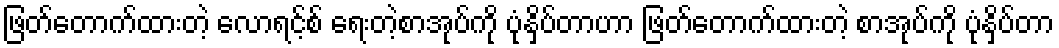
ဖြတ်တောက်ထားတဲ့ လောရင့်စ် ရေးတဲ့စာအုပ်ကို ပုံနှိပ်တာဟာ ဖြတ်တောက်ထားတဲ့ စာအုပ်ကို ပုံနှိပ်တာ